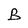
Character: B